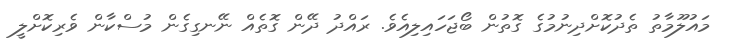
މައުލޫމާތު ތެދުކޮށްދިނުމުގެ ގޮތުން ބޯޖަހައިލިއެވެ. ރައްދު ދޭން ގޮތެއް ނޭނގިގެން މުސްކާން ވެރިކޮށްލީ